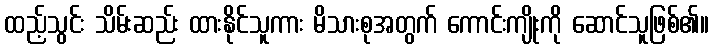
ထည့်သွင်း သိမ်းဆည်း ထားနိုင်သူကား မိသားစုအတွက် ကောင်းကျိုးကို ဆောင်သူဖြစ်၏။